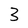
Character: 3